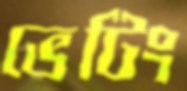
ভেটিং